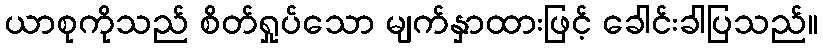
ယာစုကိုသည် စိတ်ရှုပ်သော မျက်နှာထားဖြင့် ခေါင်းခါပြသည်။